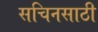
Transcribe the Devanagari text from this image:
सचिनसाठी